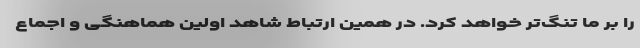
را بر ما تنگ‌تر خواهد کرد. در همین ارتباط شاهد اولین هماهنگی و اجماع